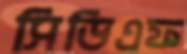
সিডিএফ